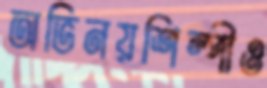
অভিনয়শিল্পীও